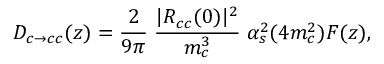
D _ { c \to c c } ( z ) = \frac { 2 } { 9 \pi } \; \frac { | R _ { c c } ( 0 ) | ^ { 2 } } { m _ { c } ^ { 3 } } \; \alpha _ { s } ^ { 2 } ( 4 m _ { c } ^ { 2 } ) F ( z ) ,